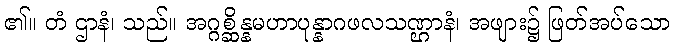
၏။ တံ ဌာနံ၊ သည်။ အဂ္ဂစ္ဆိန္နမဟာပုန္နာဂဖလသဏ္ဌာနံ၊ အဖျား၌ ဖြတ်အပ်သော